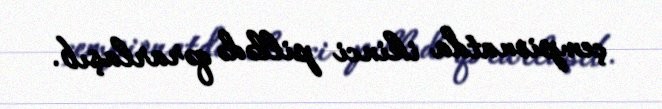
çempionatda ikinci pillədə qərarlaşıb.